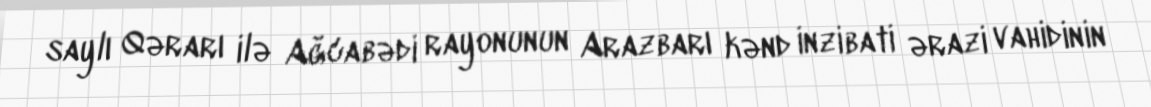
saylı Qərarı ilə Ağcabədi rayonunun Arazbarı kənd inzibati ərazi vahidinin